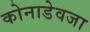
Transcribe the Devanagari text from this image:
कोनाडेवजा